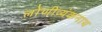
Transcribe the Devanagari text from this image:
लोणीव्यंकनाथ